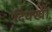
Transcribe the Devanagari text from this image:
दिक्खी